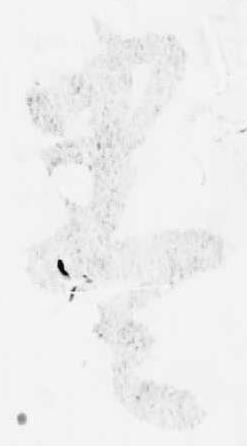
巻